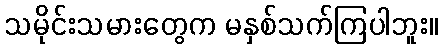
သမိုင်းသမားတွေက မနှစ်သက်ကြပါဘူး။